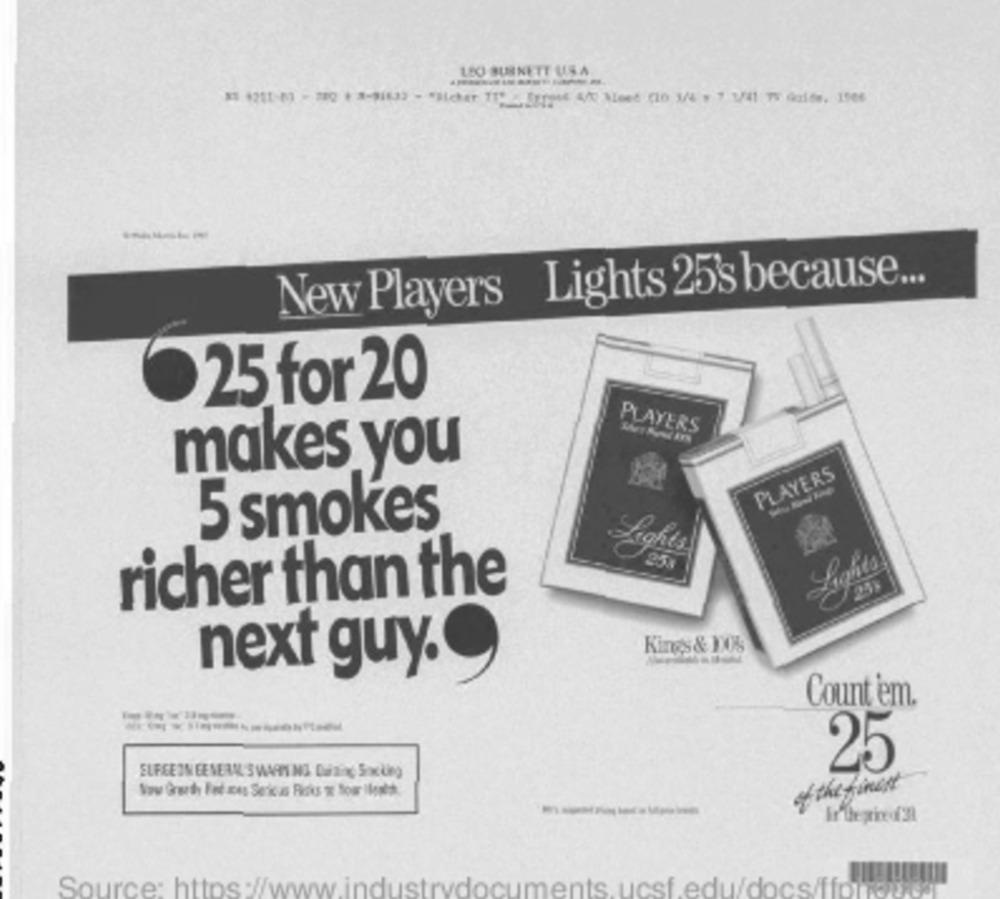
LEO BURNETT USA
New Players Lights 25's because ...
25 for 20
PLAYERS
makes you
PLAYERS
5 smokes
Lights
Lighta
richer than the
Kings & 105
next guy.
Count em.
25
ELFEEIN GENERAL: SWARM NO. Quizinc, Sox Ling
of the finest
------
Source: https://www.industrydocuments.ucsf.edu/docs/ffonoud